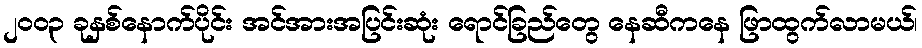
၂ဝဝ၃ ခုနှစ်နောက်ပိုင်း အင်အားအပြင်းဆုံး ရောင်ခြည်တွေ နေဆီကနေ ဖြာထွက်လာမယ်၊